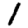
Digit: 1